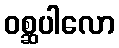
ဝစ္ဆပါလော